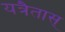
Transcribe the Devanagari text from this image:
यत्रैतास्‌